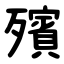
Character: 殯